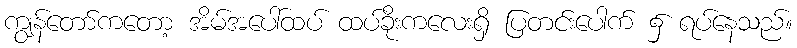
ကျွန်တော်ကတော့ အိမ်အပေါ်ထပ် ထပ်ခိုးကလေးရှိ ပြတင်းပေါက် ၌ ရပ်နေသည်။